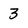
Character: 3